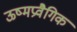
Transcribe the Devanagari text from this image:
ऊष्मप्रवैगिक